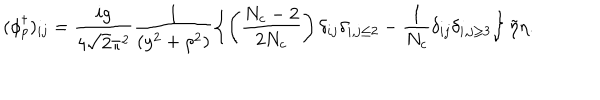
( \phi _ { p } ^ { \dagger } ) _ { i j } = \frac { i g } { 4 \sqrt { 2 } \pi ^ { 2 } } \frac { 1 } { ( y ^ { 2 } + \rho ^ { 2 } ) } \left\{ \left( \frac { N _ { c } - 2 } { 2 N _ { c } } \right) \delta _ { i j } \delta _ { i , j \leq 2 } - \frac { 1 } { N _ { c } } \delta _ { i j } \delta _ { i , j \geq 3 } \right\} \tilde { \eta } \eta .